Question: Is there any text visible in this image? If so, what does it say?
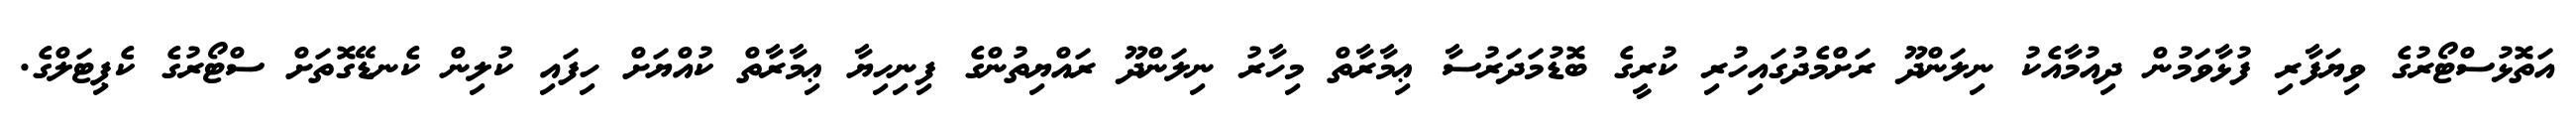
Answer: އަތޮޅުސްޓޯރުގެ ވިޔަފާރި ފުޅާވަމުން ދިއުމާއެކު ނިލަންދޫ ރަށްމެދުގައިހުރި ކުރީގެ ބޮޑުމަދަރުސާ ޢިމާރާތް މިހާރު ނިލަންދޫ ރައްޔިތުންގެ ފިނިހިޔާ ޢިމާރާތް ކުއްޔަށް ހިފައި ކުލިން ކެނޑޭގޮތަށް ސްޓޯރުގެ ކެޕިޓަލްގެ.